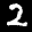
Label: 2